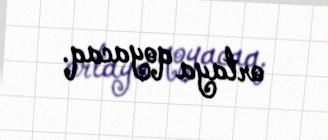
ortaya qoyacaq.